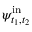
\psi _ { t _ { 1 } , t _ { 2 } } ^ { \mathrm { i n } }